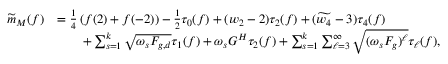
\begin{array} { r l } { \widetilde m _ { M } ( f ) } & { = \frac { 1 } { 4 } \left( f ( 2 ) + f ( - 2 ) \right) - \frac { 1 } { 2 } \tau _ { 0 } ( f ) + ( w _ { 2 } - 2 ) \tau _ { 2 } ( f ) + ( \widetilde { w _ { 4 } } - 3 ) \tau _ { 4 } ( f ) } \\ & { \qquad + \sum _ { s = 1 } ^ { k } \sqrt { \omega _ { s } F _ { g , d } } \tau _ { 1 } ( f ) + \omega _ { s } G ^ { H } \tau _ { 2 } ( f ) + \sum _ { s = 1 } ^ { k } \sum _ { \ell = 3 } ^ { \infty } \sqrt { ( \omega _ { s } F _ { g } ) ^ { \ell } } \tau _ { \ell } ( f ) , } \end{array}